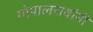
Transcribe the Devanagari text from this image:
गोपालरावांनी